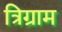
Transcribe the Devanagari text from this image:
त्रिग्राम